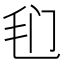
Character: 𰚍